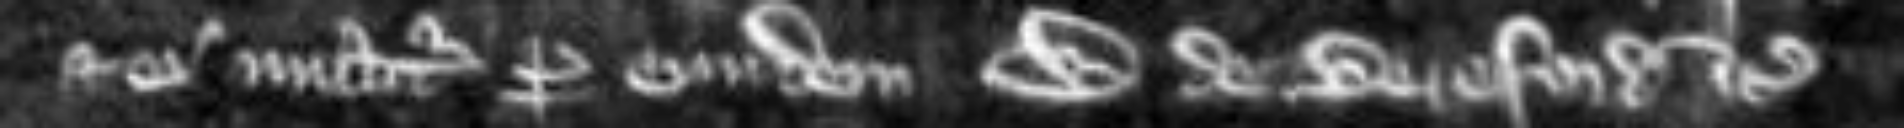
et ei mittitur per eundem W de Bereford etc